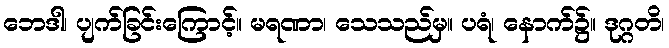
ဘေဒါ၊ ပျက်ခြင်းကြောင့်။ မရဏာ၊ သေသည်မှ။ ပရံ၊ နောက်၌။ ဒုဂ္ဂတိ၊